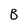
Character: B